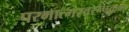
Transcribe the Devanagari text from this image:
परमात्मस्वरूपकम्